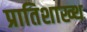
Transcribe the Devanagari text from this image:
प्रातिशाख्थ